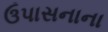
ઉપાસનાના